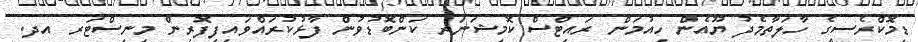
ޑިމޮކްރެސީގެ ހާލަތާމެދު ޔޫއެން ހިއުމަން ރައިޓްސް ކޮމިޝަނަރ ކަންބޮޑުވުން ފާޅުކުރައްވައިފިފޮރިން މިނިސްޓަރ އދ.